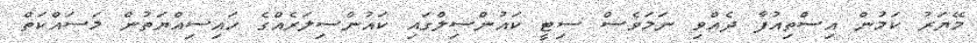
މޭޔަރު ކަމުން އިސްތިއުފާ ދެއްވި ނަމަވެސް ސިޓީ ކައުންސިލްގައި ކައުންސިލަރެއްގެ ހައިސިއްޔަތުން މަސައްކަތް